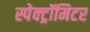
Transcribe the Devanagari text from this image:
स्पेक्ट्रॉमिटर